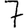
Digit: 7